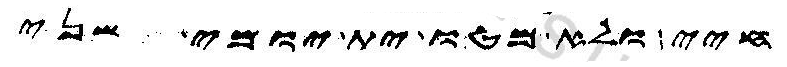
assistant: חיי ולא מטו ית יומי שני